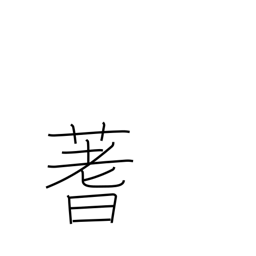
Meaning: stalks used for divination